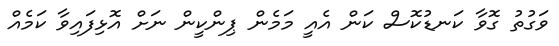
ވަގުތު ގޮވާ ކަނޑުކޮސް ކަން އެއީ މަމެން ޕިންކީން ނަށް އޮޅިފައިވާ ކަމެއް